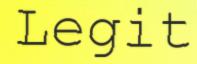
Legit